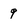
Character: 9